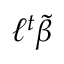
\ell ^ { t } { \tilde { \beta } }